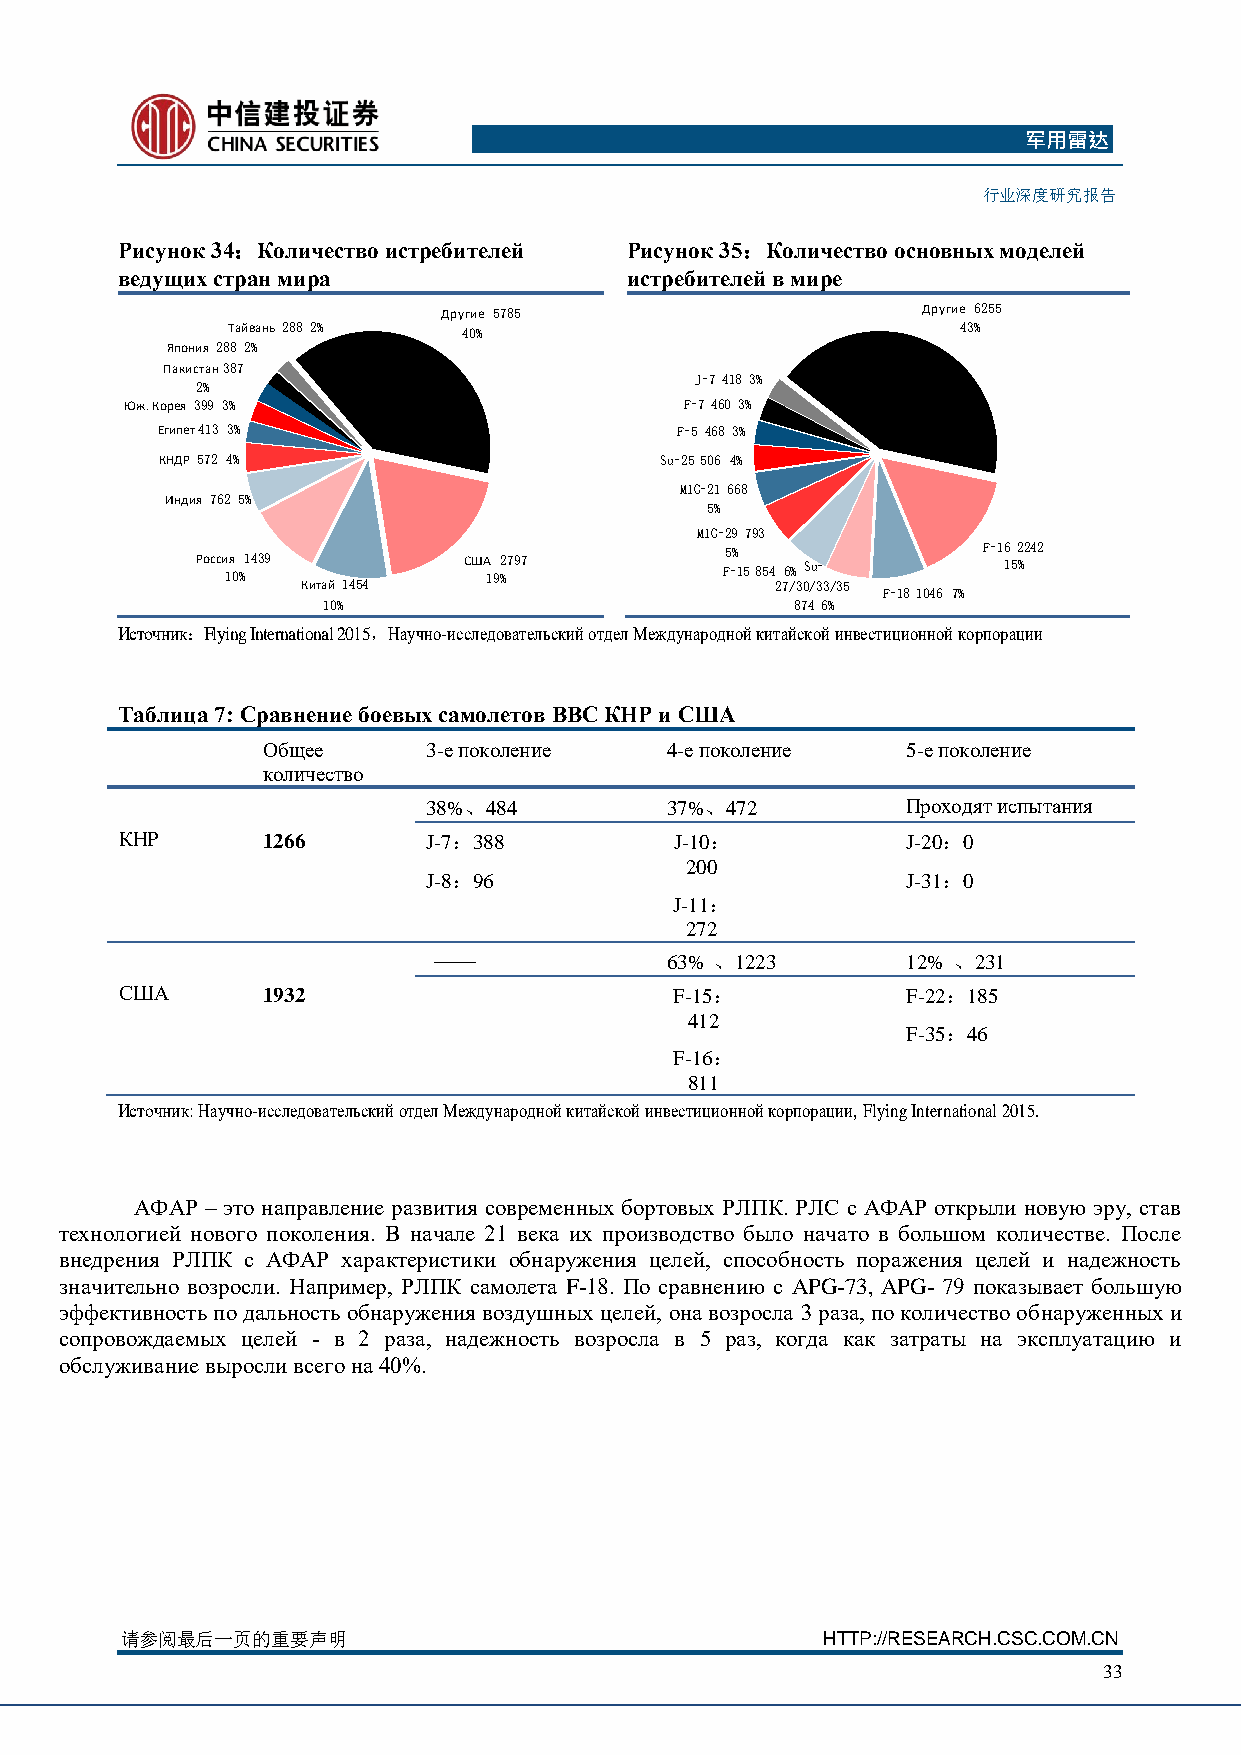
军用雷达
 行业深度研究报告
 Рисунок 34：Количество истребителей Рисунок 35：Количество основных моделей
 ведущих стран мира               истребителей в мире
 Другие 5785                     Другие 6255
 Тайвань 288 2%  40%                              43%
 Япония 288 2%
 Пакистан 387
 J-7 418 3%
 2%
 Юж. Корея 399 3%                     F-7 460 3%
 Египет 413 3%                      F-5 468 3%
 КНДР 572 4%                       Su-25 506 4%
 MIG-21 668
 Индия 762 5%
 5%
 MIG-29 793
 Росси 1я 0 %1 439 США 1 9%2797     F5 -% 1 5 854 6% Su- F-16 1 52 %2 42
 Китай 1454                     27/30/33/35
 F-18 1046 7%
 10%                             874 6%
 Источник：Flying International 2015，Научно-исследовательский отдел Международной китайской инвестиционной корпорации
 Таблица 7: Сравнение боевых самолетов ВВС КНР и США
 Общее      3-е поколение   4-е поколение   5-е поколение
 количество
 38%、484         37%、472         Проходят испытания
 КНР      1266       J-7：388          J-10：          J-20：0
 200
 J-8：96                          J-31：0
 J-11：
 272
 ——             63% 、1223       12% 、231
 США      1932                        F-15：          F-22：185
 412
 F-35：46
 F-16：
 811
 Источник: Научно-исследовательский отдел Международной китайской инвестиционной корпорации, Flying International 2015.
 АФАР – это направление развития современных бортовых РЛПК. РЛС с АФАР открыли новую эру, став
 технологией нового поколения. В начале 21 века их производство было начато в большом количестве. После
 внедрения РЛПК с АФАР характеристики обнаружения целей, способность поражения целей и надежность
 значительно возросли. Например, РЛПК самолета F-18. По сравнению с APG-73, APG- 79 показывает большую
 эффективность по дальность обнаружения воздушных целей, она возросла 3 раза, по количество обнаруженных и
 сопровождаемых целей - в 2 раза, надежность возросла в 5 раз, когда как затраты на эксплуатацию и
 обслуживание выросли всего на 40%.
 请参阅最后一页的重要声明                                  HTTP://RESEARCH.CSC.COM.CN
 33